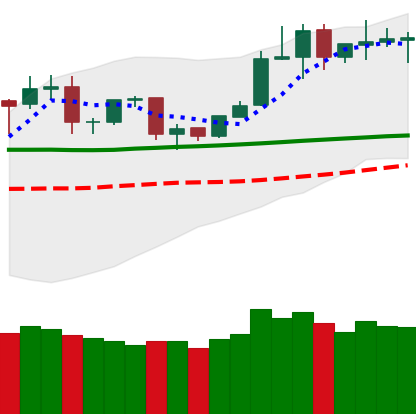
Ticker: TRX-USD
Chart end date: 2020-02-04
Forward return: 14.397%
Label: up_7plus